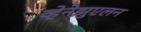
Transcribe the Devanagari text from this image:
व्हेनेझुएलन